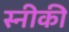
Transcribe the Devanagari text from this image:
स्नीकी